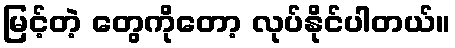
မြင့်တဲ့ တွေကိုတော့ လုပ်နိုင်ပါတယ်။